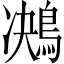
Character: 𪁠